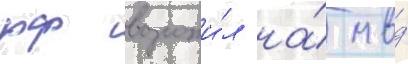
рф возложи́л на́ мвд